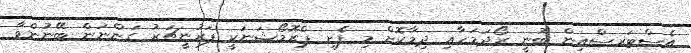
އެސްޓަރސްއިން ބުނީ ރޯދަމަހާއި ދިމާކޮށް މި ފެށި ޕްރޮމޯޝަނަކީ ފަރުނީޗަރު ގަންނަން ބޭނުންވާ